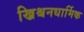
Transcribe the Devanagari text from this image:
ख्रिश्चनधार्मिक